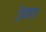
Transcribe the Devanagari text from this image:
ठेकाण